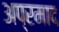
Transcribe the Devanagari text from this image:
अप्रमाद